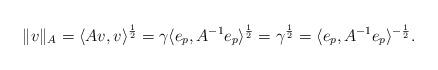
LaTeX: \begin{align*}\|v\|_A = \langle Av, v \rangle^\frac{1}{2} = \gamma \langle e_p, A^{-1}e_p \rangle^\frac{1}{2} = \gamma^\frac{1}{2} = \langle e_p, A^{-1}e_p\rangle^{-\frac{1}{2}} .\end{align*}